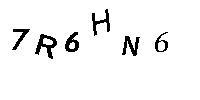
7R6HN6